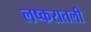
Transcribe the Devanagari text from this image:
लष्करातली